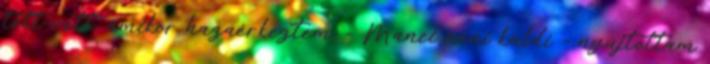
tett–vett, amikor hazaérkeztem. – Manci néni küldi – nyújtottam